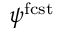
\psi ^ { \mathrm { f c s t } }